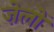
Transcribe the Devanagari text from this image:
ज़ेलों